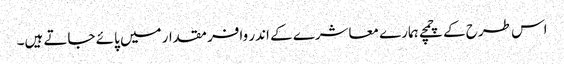
اس طرح کے چمچے ہمارے معاشرے کے اندر وافر مقدار میں پائے جاتے ہیں۔